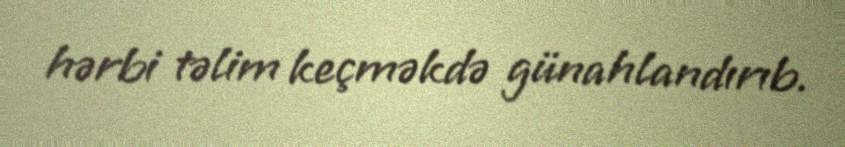
hərbi təlim keçməkdə günahlandırıb.